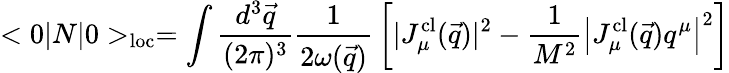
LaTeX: <0|N|0>_{\mathrm{loc}}=\int{\frac{d^{3}\vec{q}}{(2\pi)^{3}}}{\frac{1}{2\omega(\vec{q})}}\left[|J_{\mu}^{\mathrm{cl}}(\vec{q})|^{2}-{\frac{1}{M^{2}}}\left|J_{\mu}^{\mathrm{cl}}(\vec{q})q^{\mu}\right|^{2}\right]